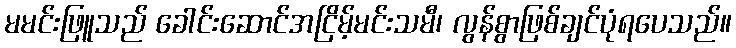
မမင်းဖြူသည် ခေါင်းဆောင်အငြိမ့်မင်းသမီ၊ လွန်စွာဖြစ်ချင်ပုံရပေသည်။